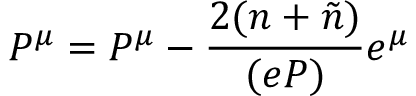
P ^ { \mu } = { \cal P } ^ { \mu } - \frac { 2 ( n + \tilde { n } ) } { ( e { \cal P } ) } e ^ { \mu }